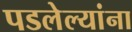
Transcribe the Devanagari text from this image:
पडलेल्यांना